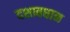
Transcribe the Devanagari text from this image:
दशावधान